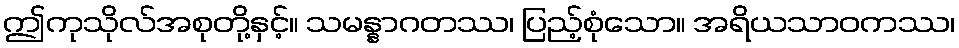
ဤကုသိုလ်အစုတို့နှင့်။ သမန္နာဂတဿ၊ ပြည့်စုံသော။ အရိယသာဝကဿ၊